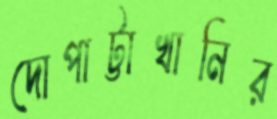
দোপাট্টাখানির